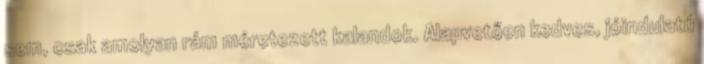
sem, csak amolyan rám méretezett kalandok. Alapvetően kedves, jóindulatú